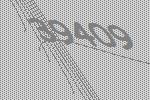
39409